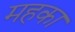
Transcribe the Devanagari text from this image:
महका